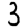
Digit: 3